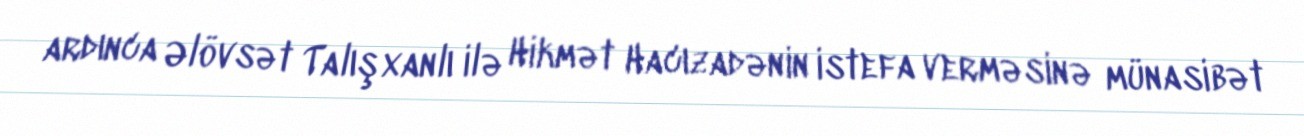
ardınca Əlövsət Talışxanlı ilə Hikmət Hacızadənin istefa verməsinə münasibət